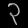
Digit: ၃